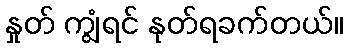
နှုတ် ကျွံရင် နုတ်ရခက်တယ်။